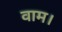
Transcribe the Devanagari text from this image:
वाम।